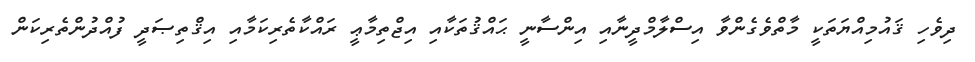
ދިވެހި ޤައުމިއްޔަތަކީ މާތްވެގެންވާ އިސްލާމްދީނާއި އިންސާނީ ޙައްޤުތަކާއި އިޖްތިމާޢީ ރައްކާތެރިކަމާއި އިޤްތިޞަދީ ފުއްދުންތެރިކަން